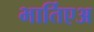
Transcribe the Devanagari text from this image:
भार्तिएअ